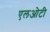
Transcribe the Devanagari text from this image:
एलओटी